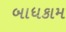
બાધકામ